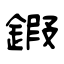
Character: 鍜